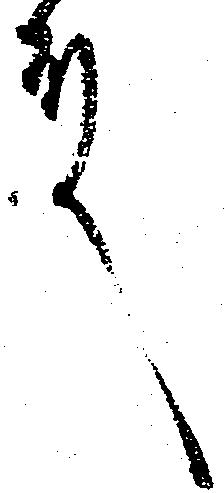
殿